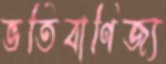
ভর্তিবাণিজ্য